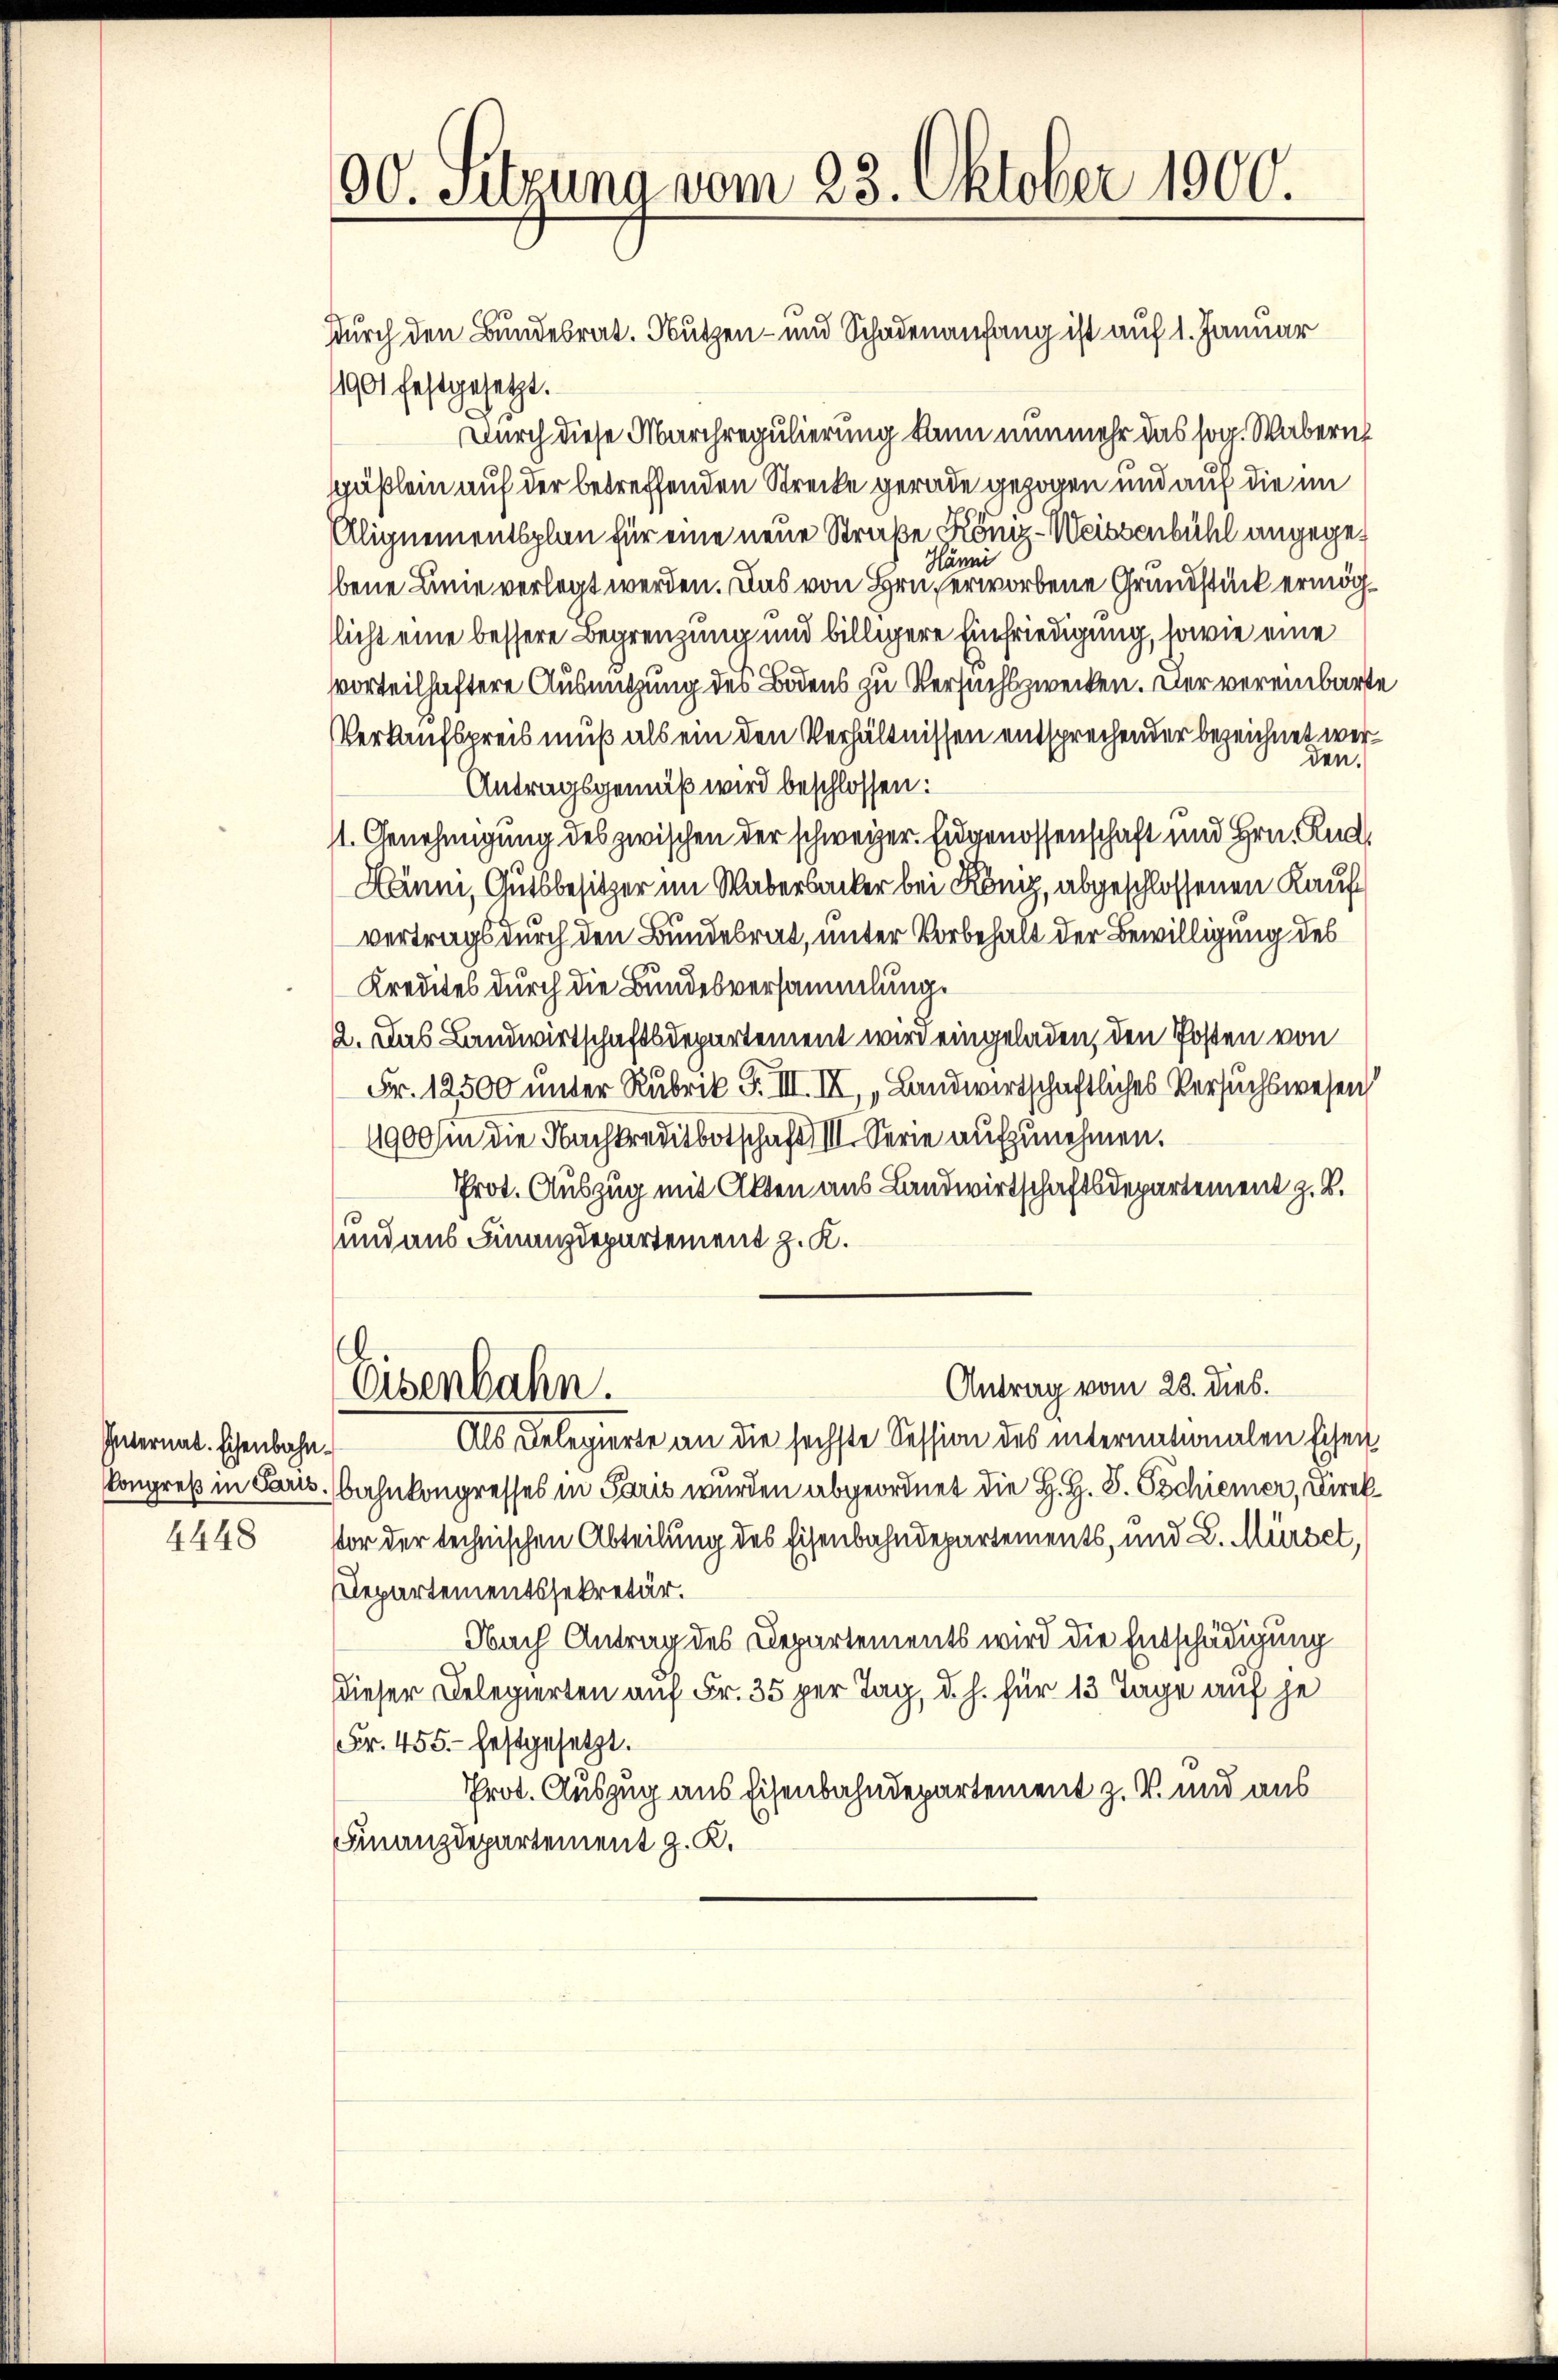
Internat. Eisenbahn¬

30. Setzung vom 23. Oktober 1900.

sdurch den Bundesrat. Nutzen- und Schadenanfang ist auf 1. Januar
11901 festgesetzt.
Durch diese Marchregulierung kann nunmehr das sog. Wabern
säßlein auf der betreffenden Strecke gerade gezogen und auf die im
Alignementsplan für eine neue Straße König-Weissenbühl angege¬
Hänni
bene Linie verlegt werden. Das von Hrn. erworbene Grundstück ermögflicht eine bessere Begrenzung und billigere Einfriedigung, sowie eine
vorteilhaftere Ausnutzung des Bodens zu Versuchszwecken. Der vereinbarte
Verkaufspreis muß als ein den Verhältnissen entsprechender bezeichnet werden.
Antragsgemäß wird beschlossen:
11. Genehmigung des zwischen der schweizer. Eugenossenschaft und Hrn. Rud
Nänni, Gutsbesitzer im Waberbacker bei König, abgeschlossenen Kaufvertrags durch den Bundesrat, unter Vorbehalt der Bewilligung des
Kredites durch die Bundesversammlung.
2. Das Landwirtschaftsdepartement wird eingeladen, den Posten von
Fr. 12500 unter Rubrik F. III. II, „Landwirtschaftliches Versuchswesen
1900 in die Nachkreutbotschaft III. Serie aufzunehmen.
Prot. Auszug mit Akten aus Landwirtschaftsdepartement z. B.
sund aus Finanzdepartement z. K.
Antrag vom 28. dies.
Eisenbahn.
Als Delegierte an die sechste Session des internationalen Eisen
Kongreß in Paris, Bahnkongresses in Paris wurden abgeordnet die H. H. S. Tschiener, Direk
4448 vor der technischen Abteilung des Eisenbahndepartements, und L. Mürbet,
Departementssekretär.
Nach Antrag des Departements wird die Entschädigung
Dieser Delegierten auf Fr. 35 per Tag, d. h. für 13 Tage auf je
Fr. 455.- festgesetzt.
Prot. Auszug aus Eisenbahndepartement z. B. und aus
Finanzdepartement z. K.